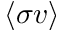
\langle \sigma v \rangle